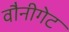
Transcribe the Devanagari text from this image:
वौनीगेट